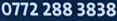
0772 288 3838